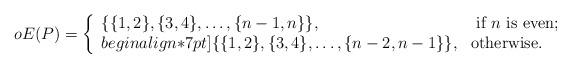
LaTeX: \begin{align*}oE(P)=\left\{ \begin{array}{ll} \{\{1,2\},\{3,4\},\ldots,\{n-1,n\}\}, & \hbox{ if $n$ is even;} \\begin{align*}7pt] \{\{1,2\},\{3,4\},\ldots,\{n-2,n-1\}\}, & \hbox{otherwise.} \end{array} \right.\end{align*}